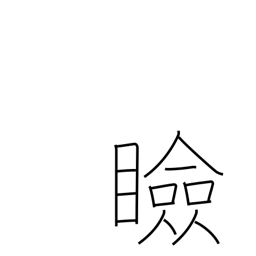
Meaning: eyelids